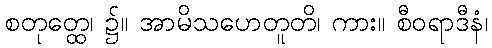
စတုတ္ထေ၊ ၌။ အာမိသဟေတူတိ၊ ကား။ စီဝရာဒီနံ၊